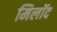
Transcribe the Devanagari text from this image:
मिलॉद